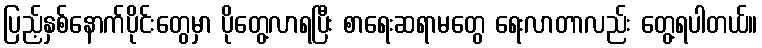
ပြည့်နှစ်နောက်ပိုင်းတွေမှာ ပိုတွေ့လာရပြီး စာရေးဆရာမတွေ ရေးလာတာလည်း တွေ့ရပါတယ်။